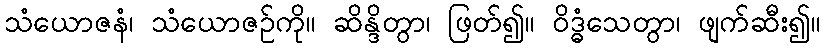
သံယောဇနံ၊ သံယောဇဉ်ကို။ ဆိန္ဒိတွာ၊ ဖြတ်၍။ ဝိဒ္ဓံသေတွာ၊ ဖျက်ဆီး၍။